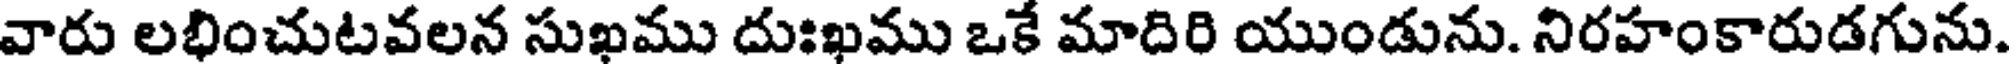
వారు లభించుటవలన సుఖము దుఃఖము ఒకే మాదిరి యుండును. నిరహంకారుడగును.